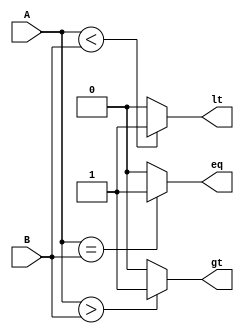
module magnitude_comparator (

   input [3:0] A,
   input [3:0] B,
   output gt,
   output lt,
   output eq
);

   assign gt = (A > B) ? 1'b1 : 1'b0;
   assign lt = (A < B) ? 1'b1 : 1'b0;
   assign eq = (A == B) ? 1'b1 : 1'b0;

endmodule